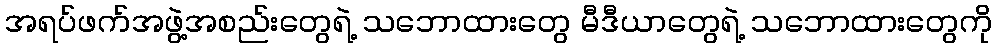
အရပ်ဖက်အဖွဲ့အစည်းတွေရဲ့ သဘောထားတွေ မီဒီယာတွေရဲ့ သဘောထားတွေကို